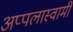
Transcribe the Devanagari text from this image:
अप्पलास्वामी